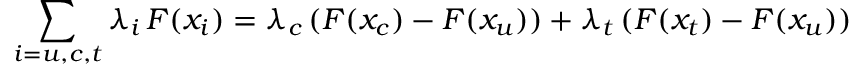
\sum _ { i = u , c , t } \lambda _ { i } \, F ( x _ { i } ) = \lambda _ { c } \, ( F ( x _ { c } ) - F ( x _ { u } ) ) + \lambda _ { t } \, ( F ( x _ { t } ) - F ( x _ { u } ) )